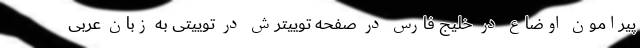
پیرامون اوضاع در خلیج فارس در صفحه توییترش در توییتی به زبان عربی